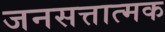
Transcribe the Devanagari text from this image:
जनसत्तात्मक